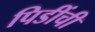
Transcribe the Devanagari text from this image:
पिडींची